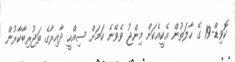
ކޮވިޑް-19 ގެ ހާލަތުން އެކީއެކަށް މިންޖު ވެވޭނެ ކަމަށް ސިއްހީ ދާއިރާގެ ތަޖުރިބާކާރުން